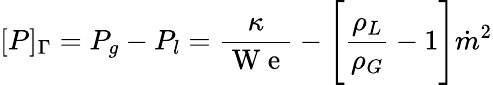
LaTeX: [P]_{\Gamma}=P_{g}-P_{l}=\frac{\kappa}{\mathrm{~W~e~}}-\Bigg[\frac{\rho_{L}}{\rho_{G}}-1\Bigg]\dot{m}^{2}